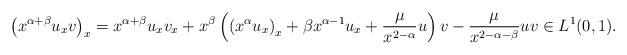
LaTeX: \begin{align*} \left(x^{\alpha+\beta} u_{x} v\right)_{x}= x^{\alpha+\beta} u_{x} v_{x}+x^{\beta}\left(\left(x^{\alpha} u_{x}\right)_x+\beta x^{\alpha-1} u_{x}+\frac{\mu}{x^{2-\alpha}} u\right)v -\frac{\mu}{x^{2-\alpha-\beta}} u v \in L^{1}(0,1). \end{align*}